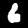
Label: 6